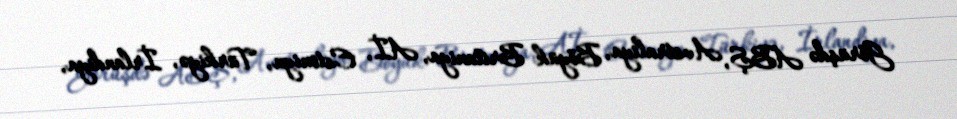
Görüşdə ABŞ, Avstraliya, Böyük Britaniya, Aİ, Estoniya, Türkiyə, İrlandiya,